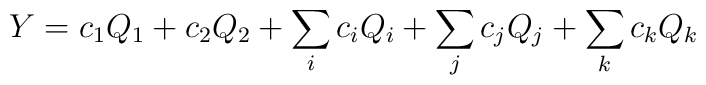
Y=c_1Q_1+c_2Q_2+\sum_ic_iQ_i+\sum_jc_jQ_j+\sum_kc_kQ_k